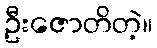
ဦးဇောတိတဲ့။